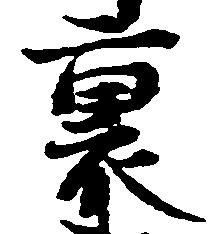
裏